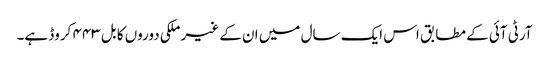
آرٹی آئی کے مطابق اس ایک سال میں ان کے غیر ملکی دوروں کا بل ۴۴۳ کروڈ ہے۔